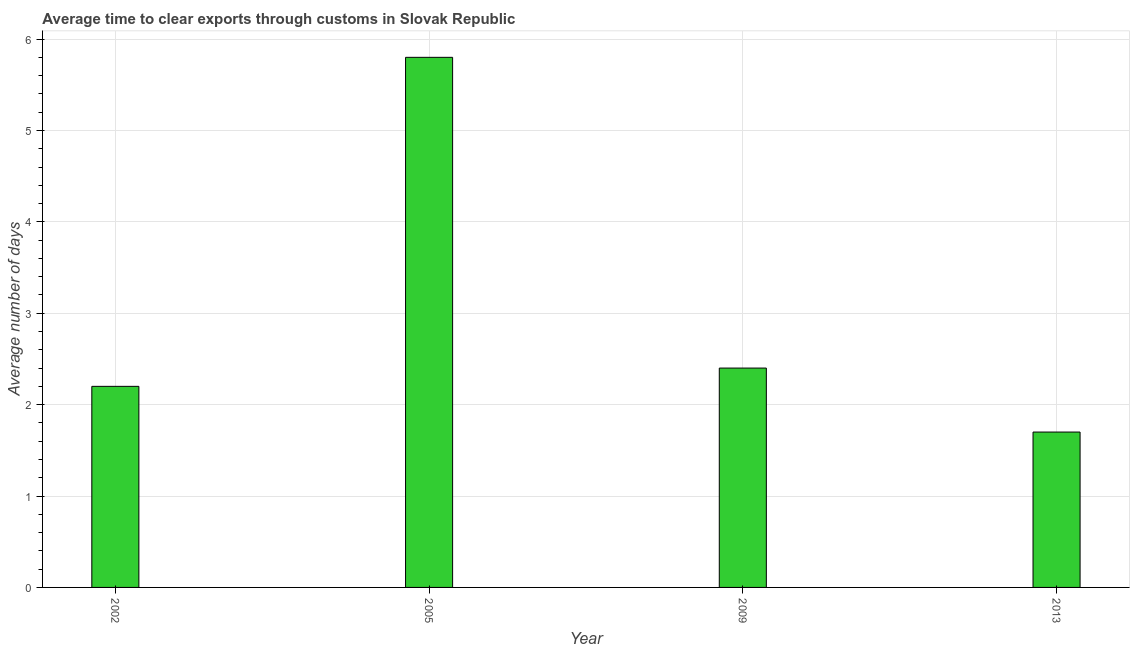
| Year | Time to clear exports through customs |
 | --- | --- |
 | 2002 | 2.2 |
 | 2005 | 5.8 |
 | 2009 | 2.4 |
 | 2013 | 1.7 |